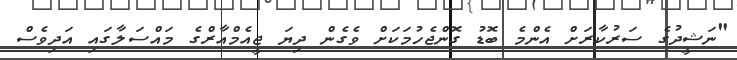
"ނަޝީދުގެ ސަރުކާރަށް އެންމެ ބޮޑު ގޮންޖެހުމަކަށް ވެގެން ދިޔަ ޖީއެމްއާރްގެ މައްސަލާގައި އަދިވެސް